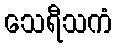
သေရီသကံ